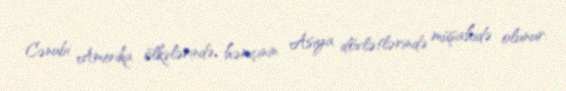
Cənubi Amerika ölkələrində, həmçinin Asiya dövlətlərində müşahidə olunur.